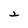
Character: 2